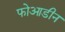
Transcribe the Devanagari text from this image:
फोआडीन